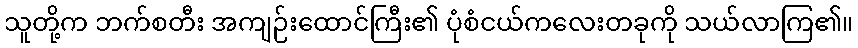
သူတို့က ဘက်စတီး အကျဉ်းထောင်ကြီး၏ ပုံစံငယ်ကလေးတခုကို သယ်လာကြ၏။